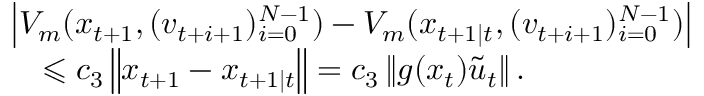
\begin{array} { r l } & { \left| V _ { m } ( x _ { t + 1 } , ( v _ { t + i + 1 } ) _ { i = 0 } ^ { N - 1 } ) - V _ { m } ( x _ { t + 1 \mid t } , ( v _ { t + i + 1 } ) _ { i = 0 } ^ { N - 1 } ) \right| } \\ & { \quad \leqslant c _ { 3 } \left\| x _ { t + 1 } - x _ { t + 1 \mid t } \right\| = c _ { 3 } \left\| g ( x _ { t } ) \tilde { u } _ { t } \right\| . } \end{array}